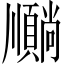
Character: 𫖦